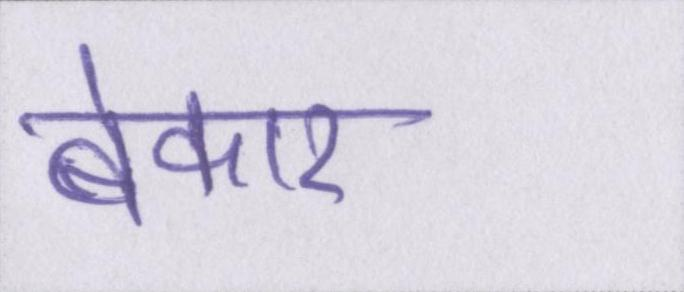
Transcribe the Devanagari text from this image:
बेकार